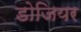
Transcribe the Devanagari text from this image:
डोजियर